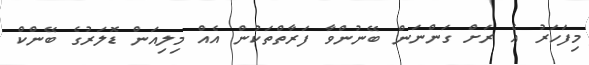
މިފަހަރު އެ ރަށް ގަންނަން ބޭނުންވާ ފަރާތްތަކުން އެއް މިލިއަން ޑޮލަރުގެ ބޭންކް